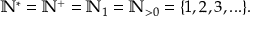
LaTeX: \mathbb { N } ^ { * } = \mathbb { N } ^ { + } = \mathbb { N } _ { 1 } = \mathbb { N } _ { > 0 } = \{ 1 , 2 , 3 , . . . \} .